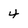
Character: 4